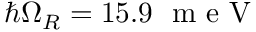
\hbar \Omega _ { R } = 1 5 . 9 ~ \mathrm { ~ m ~ e ~ V ~ }